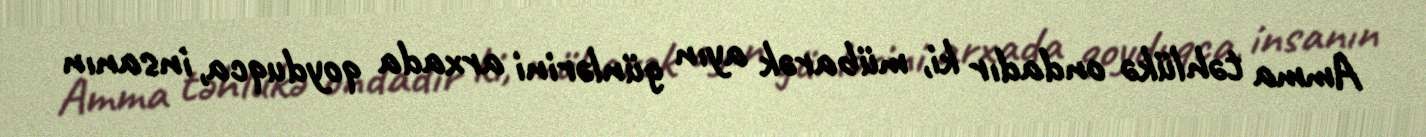
Amma təhlükə ondadır ki, mübarək ayın günlərini arxada qoyduqca, insanın